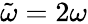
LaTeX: \tilde{\omega}=2\omega